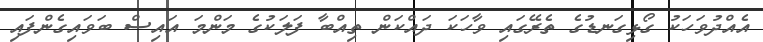
އެއްދުވަހަކު ގޯޅިގަނޑުގެ ތެރޭގައި ވާހަކަ ދައްކަން ތިއްބާ ފަލަކުގެ މަންމަ އައިސް ބަވައިގެންފައި